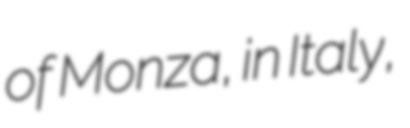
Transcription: of Monza, in Italy,